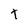
Character: t